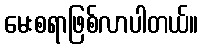
မေးစရာဖြစ်လာပါတယ်။